Madras plague regulations in force outside the Presidency town - Volume 6
Disease focus: Plague
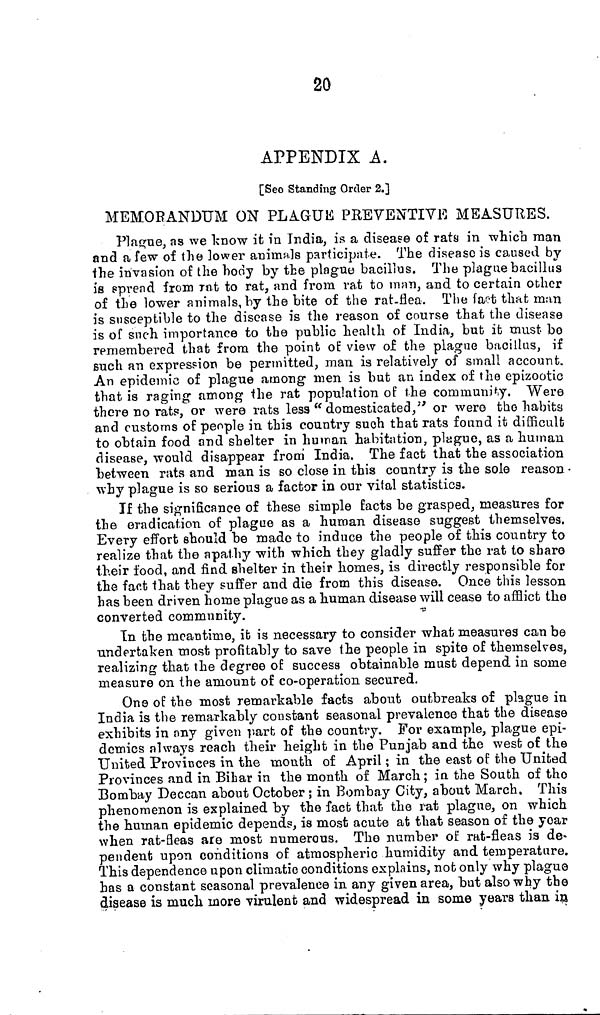
20
APPENDIX A,
[Seo Standing Order 2.]
MEMORANDUM ON PLAGUE PREVENTIVE MEASURES.
Plague, as we know it in India, is a disease of rats in which man
and a few of the lower animals participate. The disease is caused by
the invasion of the body by the plague bacillus. The plague bacillus
is spread from rat to rat, and from rat to man, and to certain other
of the lower animals, by the bite of the rat-flea. The fact that man
is susceptible to the disease is the reason of course that the disease
is of such importance to the public health of India, but it must bo
remembered that from the point of view of the plague bacillus, if
such an expression be permitted, man is relatively of small account.
An epidemic of plague among men is but an index of the epizootic
that is raging among the rat population of the community. Were
there no rats, or were rats less "domesticated," or were the habits
and customs of people in this country such that rats found it difficult
to obtain food and shelter in human habitation, plague, as a human
disease, would disappear from India. The fact that the association
between rats and man is so close in this country is the sole reason
why plague is so serious a factor in our vital statistics.
If the significance of these simple facts be grasped, measures for
the eradication of plague as a human disease suggest themselves.
Every effort should be made to induce the people of this country to
realize that the apathy with which they gladly suffer the rat to share
their food, and find shelter in their homes, is directly responsible for
the fact that they suffer and die from this disease. Once this lesson
has been driven home plague as a human disease will cease to afflict the
converted community.
In the meantime, it is necessary to consider what measures can be
undertaken most profitably to save the people in spite of themselves,
realizing that the degree of success obtainable must depend in some
measure on the amount of co-operation secured.
One of the most remarkable facts about outbreaks of plague in
India is the remarkably constant seasonal prevalence that the disease
exhibits in any given part of the country. For example, plague epi-
demies always reach their height in the Punjab and the west of the
United Provinces in the month of April ; in the east of the United
Provinces and in Bihar in the month of March ; in the South of the
Bombay Deccan about October ; in Bombay City, about March, This
phenomenon is explained by the fact that the rat plague, on which
the human epidemic depends, is most acute at that season of the year
when rat-fleas are most numerous. Tho number of rat-fleas is de-
pendent upon conditions of atmospheric humidity and temperature.
This dependence upon climatic conditions explains, not only why plague
has a constant seasonal prevalence in any given area, but also why the
disease is much inore virulent and widespread in some years than in